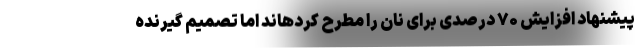
پیشنهاد افزایش ۷۰ درصدی برای نان را مطرح کردهاند اما تصمیم گیرنده